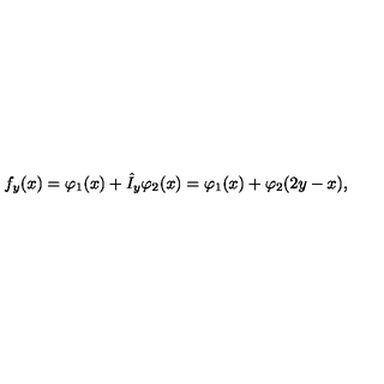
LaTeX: f _ { y } ( x ) = \varphi _ { 1 } ( x ) + \hat { I } _ { y } \varphi _ { 2 } ( x ) = \varphi _ { 1 } ( x ) + \varphi _ { 2 } ( 2 y - x ) ,